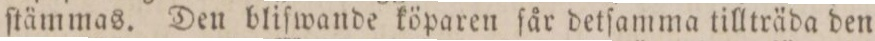
ſtämmas. Den bliſwande köparen får detſamma tillträda den